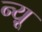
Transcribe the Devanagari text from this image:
न्यू़